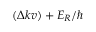
( \Delta k v ) + E _ { R } / \hbar